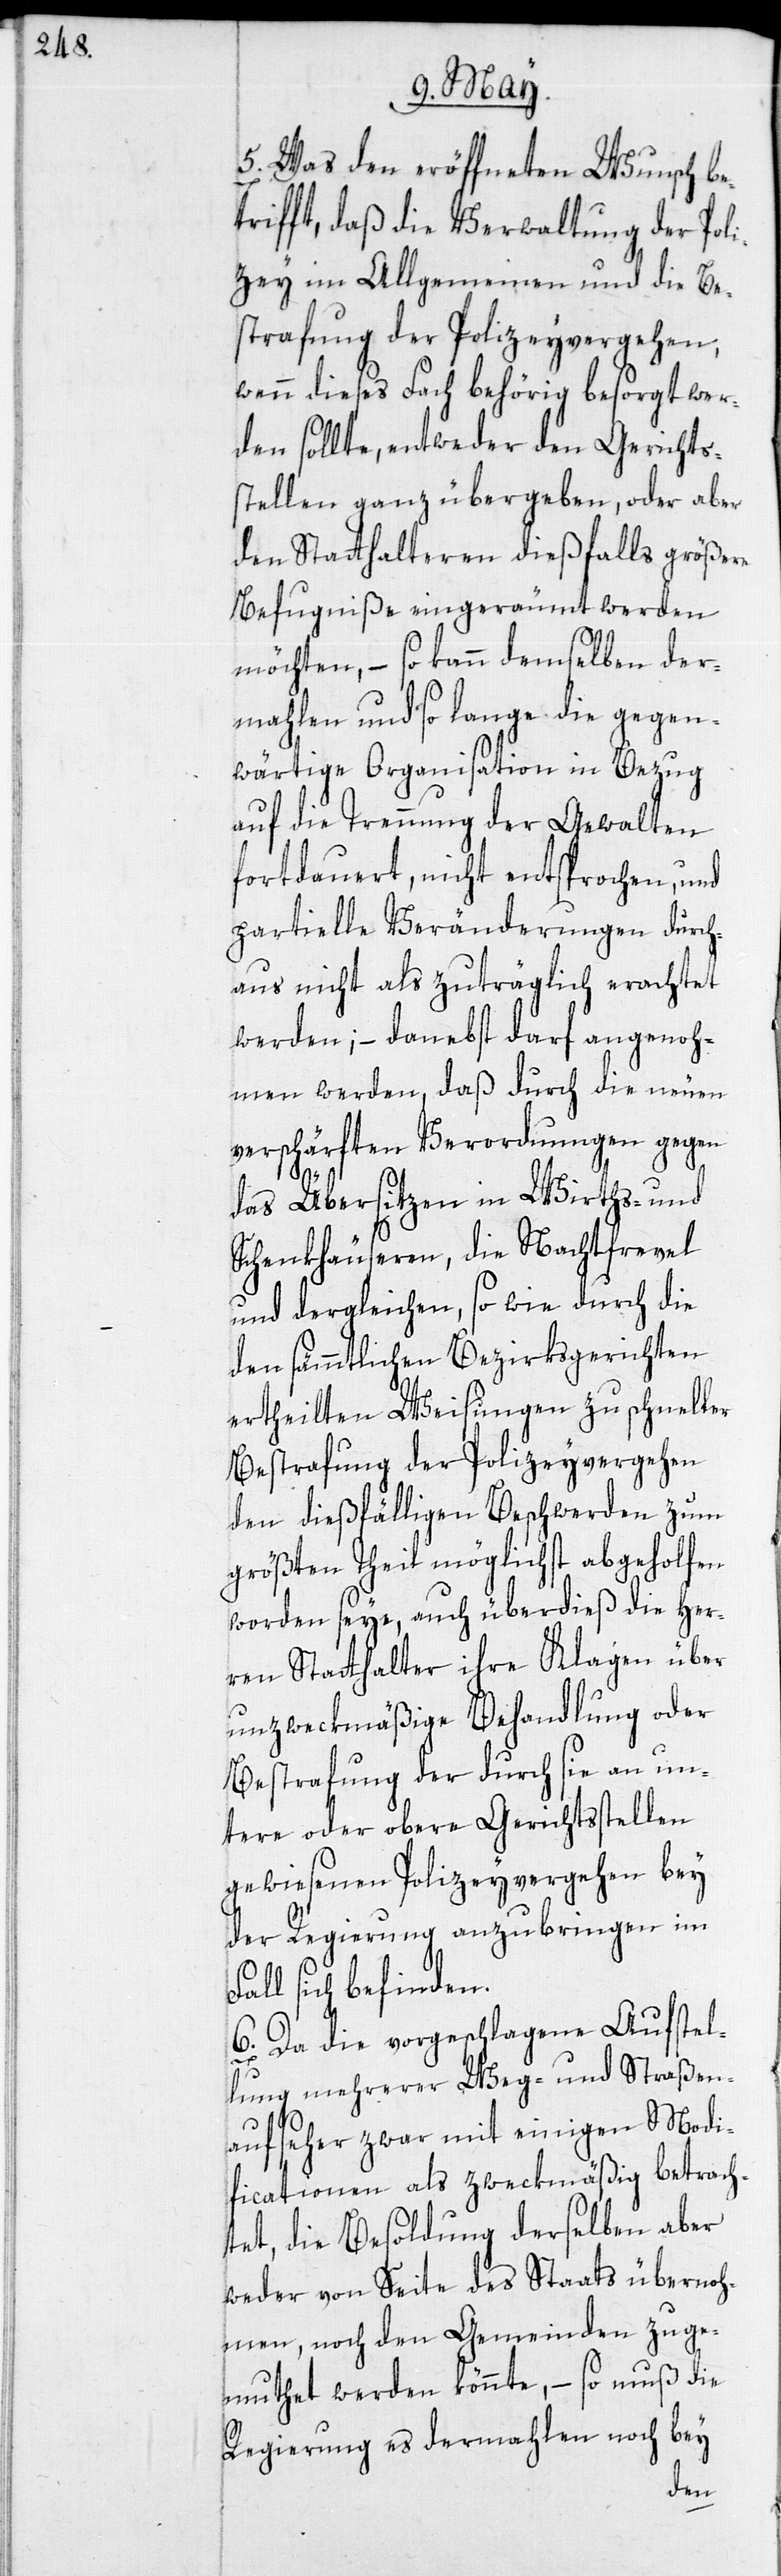
5. Was den eröffneten Wunsch be¬
trifft, daß die Verwaltung der Poli¬
zey im Allgemeinen und die Be¬
strafung der Polizeyvergehen,
wenn dieses Fach behörig besorgt wer¬
den sollte, entweder den Gerichts¬
stellen ganz übergeben, oder aber
den Statthalteren dießfalls größere
Befugniße eingeräumt werden
möchten, – so kann demselben der¬
mahlen und so lange die gegen¬
wärtige Organisation in Bezug
auf die Trennung der Gewalten
fortdauert, nicht entsprochen, und
partielle Veränderungen durch¬
aus nicht als zuträglich erachtet
werden; – danebst darf angenoh¬
men werden, daß durch die neuen
verschärften Verordnungen gegen
F¬
das Übersitzen in Wirths- und
Schenkhäuseren, die Nachtfrevel
und dergleichen, sowie durch die
den sämmtlichen Bezirksgerichten
ertheilten Weisungen zu schneller
Bestrafung der Polizeyvergehen
den dießfälligen Beschwerden zum
größten Theil möglichst abgeholfen
worden seye, auch überdieß die Her¬
ren Statthalter ihre Klagen über
unzweckmäßige Behandlung oder
Bestrafung der durch sie an un¬
tere oder obere Gerichtsstellen
gewiesenen Polizeyvergehen bey
der Regierung anzubringen im
all sich befinden.
6. Da die vorgeschlagene Aufstel¬
lung mehrerer Weg- und Straßen¬
aufseher zwar mit einigen Modi¬
ficationen als zweckmäßig betrach¬
tet, die Besoldung derselben aber
weder von Seite des Staats übernoh¬
men, noch den Gemeinden zuge¬
muthet werden könnte, – so muß die
Regierung es dermahlen noch bey